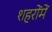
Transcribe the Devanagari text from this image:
शहरोंमें